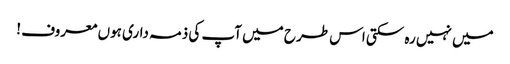
میں نہیں رہ سکتی اس طرح میں آپ کی ذمہ داری ہوں معروف !